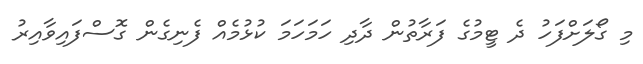
މި ގޯލަށްފަހު ދެ ޓީމުގެ ފަރާތުން ދާދި ހަމަހަމަ ކުޅުމެއް ފެނިގެން ގޮސްފައިވާއިރު